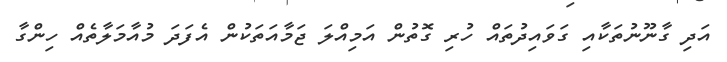
އަދި ގާނޫނުތަކާއި ގަވައިދުތައް ހުރި ގޮތުން އަމިއްލަ ޖަމާއަތަކުން އެފަދަ މުއާމަލާތެއް ހިންގާ